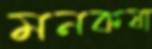
মনকষা